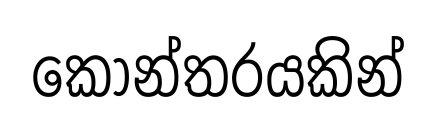
කෝන්තරයකින්